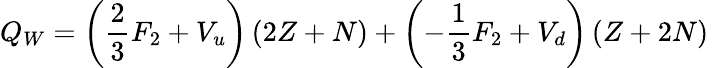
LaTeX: Q_{W}=\left(\frac{2}{3}F_{2}+V_{u}\right)\left(2Z+N\right)+\left(-\frac{1}{3}F_{2}+V_{d}\right)\left(Z+2N\right)\,